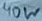
Text: 40W